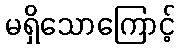
မရှိသောကြောင့်